Insane asylums Bombay 1873-77 - 1873-1877
Year: 1873
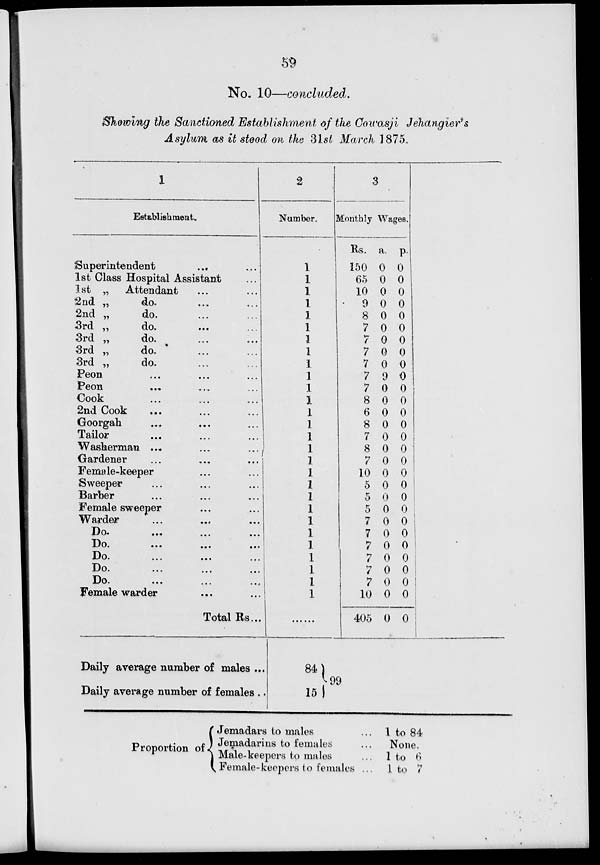
59
No. 10—concluded.
Showing the Sanctioned Establishment of the Cowasji Jehangier's
Asylum as it stood on the 31st March 1875.
1
Establishment.
Superintendent ... ...
1st Class Hospital Assistant ...
1st „ Attendant ... ...
2nd „
do. ... ...
2nd „
do. ... ...
3rd „
do. ... ...
3rd „
do. ... ...
3rd „
do. ... ...
3rd „
do. ... ...
Peon ... ... ...
Peon ... ... ...
Cook ... ... ...
2nd Cook ... ... ...
Goorgah ... ... ...
Tailor ... ... ...
Washerman ... ... ...
Gardener ... ... ...
Female-keeper ... ...
Sweeper ... ... ...
Barber ... ... ...
Female sweeper ... ...
Warder ... ... ...
Do. ... ... ...
Do.
...
...
...
Do.
...
...
...
Do. ... ... ...
Do. ... ... ...
Female warder ... ...
Total Rs...
Daily average number of males ...
Daily average number of females ..
2
Number.
1
1
1
1
1
1
1
1
1
1
1
1
1
1
1
1
1
1
1
1
1
1
1
1
1
1
1
1
......
84
15
3
Monthly Wages.
Rs.
150
65
10
9
8
7
7
7
7
7
7
8
6
8
7
8
7
10
5
5
5
7
7
7
7
7
7
10
405
a.
0
0
0
0
0
0
0
0
0
9
0
0
0
0
0
0
0
0
0
0
0
0
0
0
0
0
0
0
0
p.
0
0
0
0
0
0
0
0
0
0
0
0
0
0
0
0
0
0
0
0
0
0
0
0
0
0
0
0
0
99
Proportion of
Jemadars to males ...
Jemadarins to females ...
Male-keepers to males ...
Female-keepers to females ...
1 to 84
None.
1 to 6
1 to 7